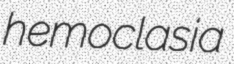
hemoclasia